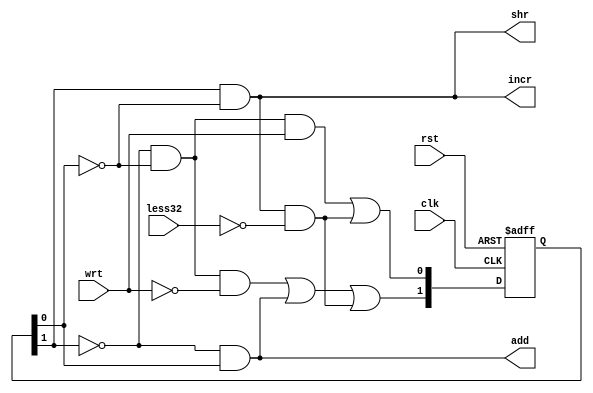
module control(clk, rst, wrt, less32, add, shr, incr);

input clk, rst, wrt, less32;
output add, shr, incr;

reg [1:0] p_state;
wire [1:0] n_state;

initial begin
	p_state = 2'b00;
end

// define next states according to the truth table
assign n_state[1] = (~p_state[1] & ~p_state[0] & ~wrt) | (~p_state[1] & p_state[0]) | (p_state[1] & ~p_state[0] & ~less32);
assign n_state[0] = (~p_state[1] & ~p_state[0] & wrt) | (p_state[1] & ~p_state[0] & ~less32);

// get signal results
assign add = ~p_state[1] & p_state[0];
assign shr = p_state[1] & ~p_state[0];
assign incr = p_state[1] & ~p_state[0];

always @(posedge clk or posedge rst)
begin
	if(rst)
		p_state <= 2'b00;
	else
		p_state <= n_state;
end
	
endmodule